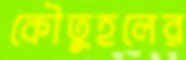
কৌতুহলের